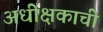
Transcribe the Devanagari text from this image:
अधीक्षकाची